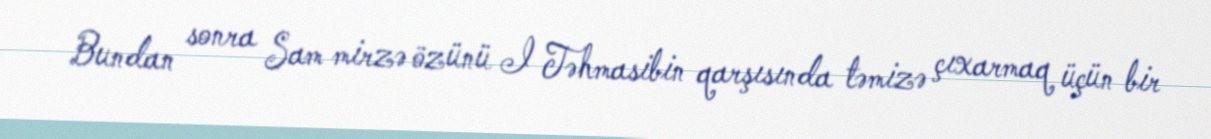
Bundan sonra Sam mirzə özünü I Təhmasibin qarşısında təmizə çıxarmaq üçün bir